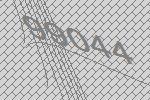
99044